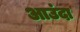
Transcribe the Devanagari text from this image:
आउंदा